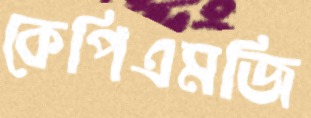
কেপিএমজি